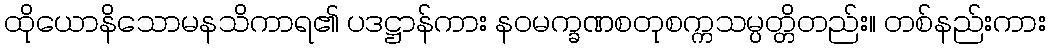
ထိုယောနိသောမနသိကာရ၏ ပဒဋ္ဌာန်ကား နဝမက္ခဏစတုစက္ကသမ္ပတ္တိတည်း။ တစ်နည်းကား